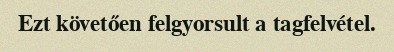
Ezt követően felgyorsult a tagfelvétel.